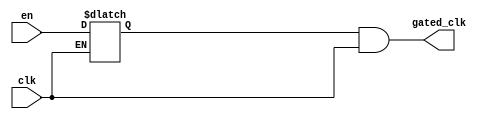
`timescale 1ns/1ps

module DigitalCore_ClockGate(

        clk,
        en,
        gated_clk

    );
    
    input wire en, clk;
    output wire gated_clk;
    wire clk_bar;
    reg Q;
    
    not (clk_bar, clk);
    and (gated_clk, Q, clk);
    always @(*) begin
        if (clk_bar) begin
            Q <= en;
        end
    end

endmodule